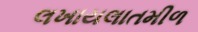
લખાયલાતમીળ